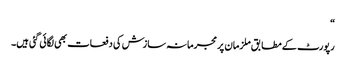
“
رپورٹ کے مطابق ملزمان پر مجرمانہ سازش کی دفعات بھی لگائی گئی ہیں۔